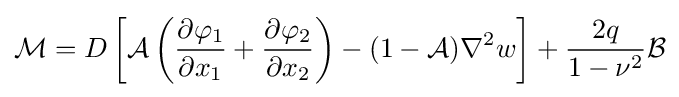
{\mathcal {M}}=D\left[{\mathcal {A}}\left({\frac {\partial \varphi _{1}}{\partial x_{1}}}+{\frac {\partial \varphi _{2}}{\partial x_{2}}}\right)-(1-{\mathcal {A}})\nabla ^{2}w\right]+{\frac {2q}{1-\nu ^{2}}}{\mathcal {B}}